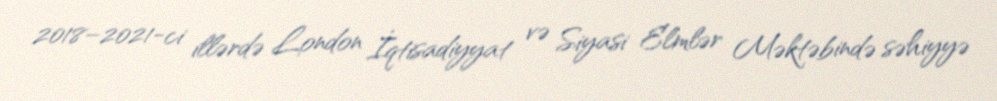
2018–2021-ci illərdə London İqtisadiyyat və Siyasi Elmlər Məktəbində səhiyyə